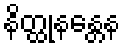
နိတ္ထုနန္တေန